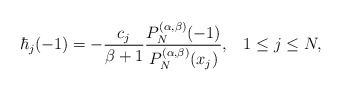
\begin{align*} \hbar_j(-1)=-\frac {c_j} {\beta+1} \frac{P_N^{(\alpha,\beta)}(-1)}{P_N^{(\alpha,\beta)}(x_j)}, \;\;\; 1\le j\le N, \end{align*}